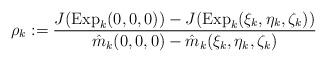
LaTeX: \begin{align*}\rho_k := \frac{ J({\rm Exp}_{k}(0,0,0)) -J({\rm Exp}_{k}(\xi_k,\eta_k,\zeta_k))}{ \hat{m}_{k}(0,0,0)- \hat{m}_{k} (\xi_k,\eta_k,\zeta_k)}\end{align*}